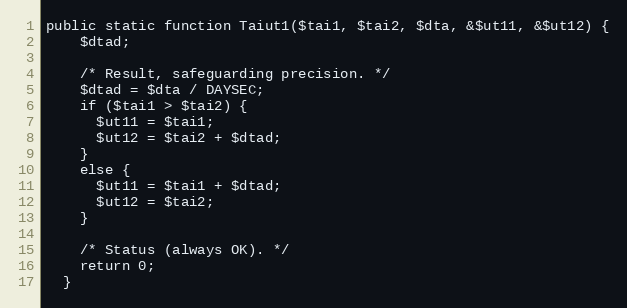
Language: PHP
public static function Taiut1($tai1, $tai2, $dta, &$ut11, &$ut12) {
    $dtad;

    /* Result, safeguarding precision. */
    $dtad = $dta / DAYSEC;
    if ($tai1 > $tai2) {
      $ut11 = $tai1;
      $ut12 = $tai2 + $dtad;
    }
    else {
      $ut11 = $tai1 + $dtad;
      $ut12 = $tai2;
    }

    /* Status (always OK). */
    return 0;
  }